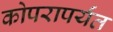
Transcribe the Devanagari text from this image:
कोपरापर्यंत